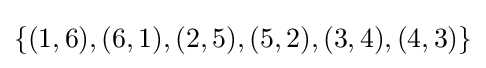
\{(1,6),(6,1),(2,5),(5,2),(3,4),(4,3)\}